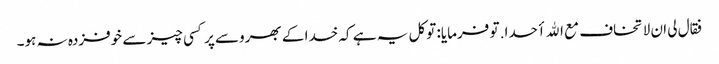
فقال لی ان لا تخاف مع الله أحدا. تو فرمایا: توکل یہ ہے کہ خدا کے بھروسے پر کسی چیز سے خوفزدہ نہ ہو۔